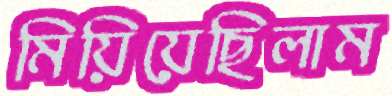
মিয়িয়েছিলাম